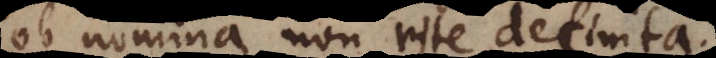
ob nomina non rite definita.